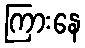
ကြားနေ